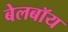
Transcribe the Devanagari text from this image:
बेलबॉय